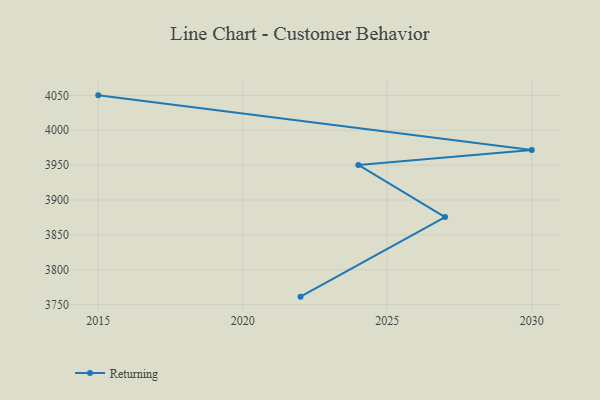
{"axis": {"x": "Year", "y": "Gross Profit (USD K)"}, "legend": ["Returning"], "data": [{"x": "2022", "y": 3761.3, "type": "Returning"}, {"x": "2027", "y": 3875.4, "type": "Returning"}, {"x": "2024", "y": 3950.3, "type": "Returning"}, {"x": "2030", "y": 3971.7, "type": "Returning"}, {"x": "2015", "y": 4050.1, "type": "Returning"}]}